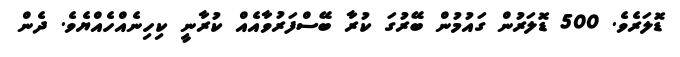
ޑޮލަރެވެ. 500 ޑޮލަރުން ގައުމުން ބޭރުގަ ކުރާ ބޭސްފަރުވާއެއް ކުރާނީ ކިހިނެއްހެއްޔެވެ. ދެން